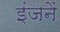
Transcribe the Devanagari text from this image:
इंजनें